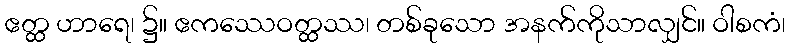
ဧတ္ထ ဟာရေ၊ ၌။ ဧကဿေဝတ္ထဿ၊ တစ်ခုသော အနက်ကိုသာလျှင်။ ဝါစကံ၊